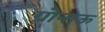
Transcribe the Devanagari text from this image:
ग्रोनाऊ